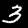
Digit: 3